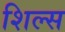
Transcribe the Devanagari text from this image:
शिल्स